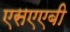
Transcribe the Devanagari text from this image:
एसएएबी